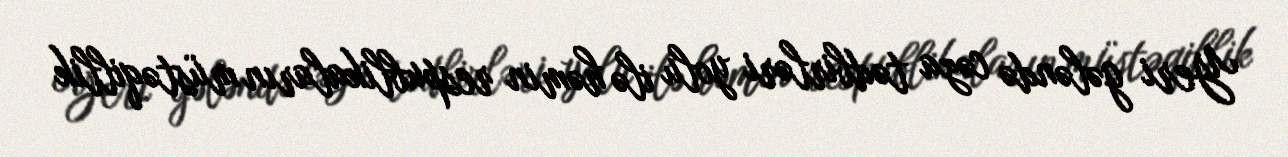
Yeri gələndə cəza tədbirləri yolu ilə həmin respublikaların müstəqillik